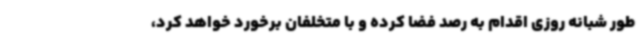
طور شبانه روزی اقدام به رصد فضا کرده و با متخلفان برخورد خواهد کرد،